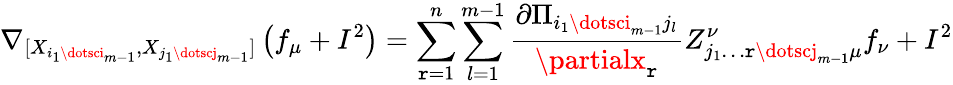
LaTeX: \nabla_{[X_{i_{1}\dotsci_{m-1}},X_{j_{1}\dotscj_{m-1}}]}\left(f_{\mu}+I^{2}\right)=\sum_{\mathtt{r}=1}^{n}\sum_{l=1}^{m-1}\frac{{\partial\Pi_{i_{1}\dotsci_{m-1}j_{l}}}}{{\partialx_{\mathtt{r}}}}Z_{j_{1}\dotsc\mathtt{r}\dotscj_{m-1}\mu}^{\nu}f_{\nu}+I^{2}